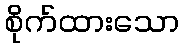
စိုက်ထားသော